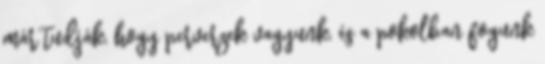
már tudják, hogy perverzek vagyunk, és a pokolban fogunk